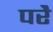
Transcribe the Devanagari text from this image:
परेै